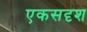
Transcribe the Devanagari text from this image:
एकसदृश